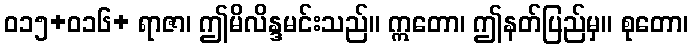
ဝ၁၅+ဝ၁၆+ ရာဇာ၊ ဤမိလိန္ဒမင်းသည်။ ဣတော၊ ဤနတ်ပြည်မှ။ စုတော၊